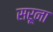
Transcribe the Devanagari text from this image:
सरूना